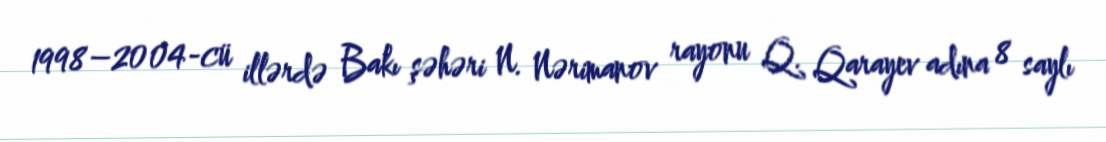
1998–2004-cü illərdə Bakı şəhəri N. Nərimanov rayonu Q. Qarayev adına 8 saylı